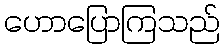
ဟောပြောကြသည်